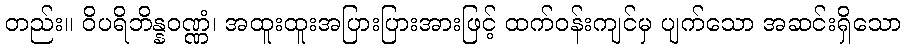
တည်း။ ဝိပရိဘိန္နဝဏ္ဏံ၊ အထူးထူးအပြားပြားအားဖြင့် ထက်ဝန်းကျင်မှ ပျက်သော အဆင်းရှိသော